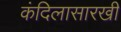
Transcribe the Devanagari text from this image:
कंदिलासारखी